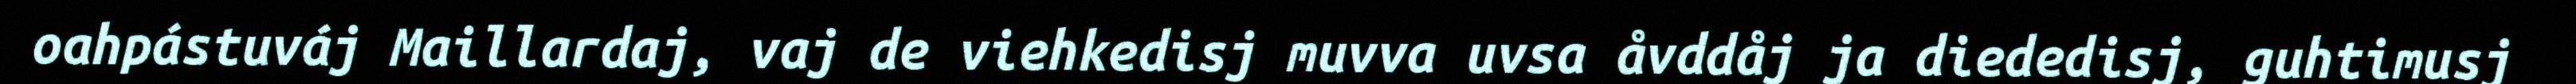
oahpástuváj Maillardaj, vaj de viehkedisj muvva uvsa åvddåj ja diededisj, guhtimusj